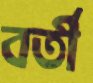
বর্তী